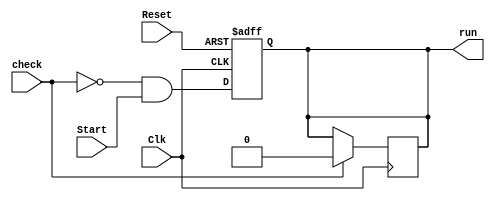
module Start_module (
    input Start, Clk, check, Reset,
    output reg run
);
    initial begin
        run = 1'b0;
    end
    
    always @(posedge Clk or posedge Reset) begin
        if (Reset) begin
            run = 1'b0;
        end 
        else begin
            run = (~check) & Start;
        end
    end

    always @(negedge Clk) begin
        if (check) begin
            run = 1'b0;
        end
    end
endmodule